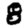
Digit: 8